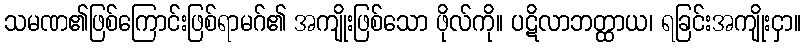
သမဏ၏ဖြစ်ကြောင်းဖြစ်ရာမဂ်၏ အကျိုးဖြစ်သော ဖိုလ်ကို။ ပဋိလာဘတ္ထာယ၊ ရခြင်းအကျိုးငှာ။